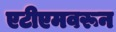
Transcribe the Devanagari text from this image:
एटीएमवरून